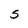
Character: S